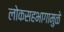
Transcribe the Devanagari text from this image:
लोकसहभागामुळे